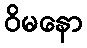
ဝိမနော